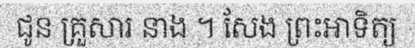
ជូន គ្រួសារ នាង ។ សែង ព្រះអាទិត្យ